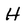
Character: H